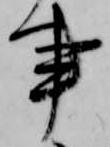
事